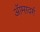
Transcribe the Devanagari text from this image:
ऑग्सवर्ग